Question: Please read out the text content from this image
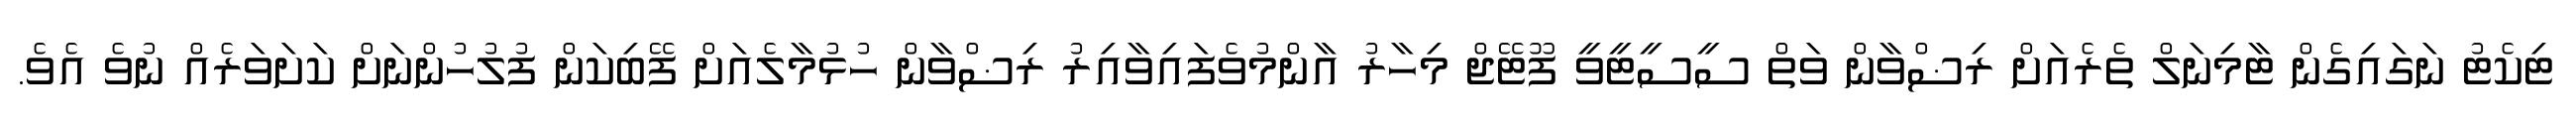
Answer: ޓިކެޓު ނަގައިގެން ޓާމިނަލް ތެރެއަށް ރިޟްވާން ވަތް ސީސީޓީވީ ފޫޓޭޖް މިހާރު އާންމުވެފައިވާއިރު ރިޟްވާން ހުޅުމާލެއަށް ފޭބިކަން ފުލުހުންނަށް ކަށަވަރެއް ނުވެ އެވެ.